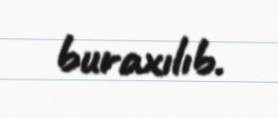
buraxılıb.